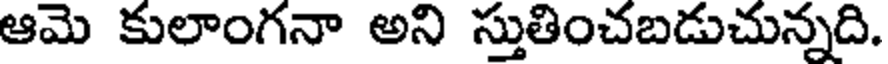
ఆమె కులాంగనా అని స్తుతించబడుచున్నది.